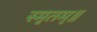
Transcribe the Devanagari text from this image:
स्मृतम्॥